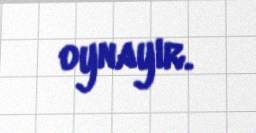
oynayır.